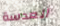
العدسة